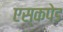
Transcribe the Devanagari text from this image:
एस्कपेड